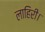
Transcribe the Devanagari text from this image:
लाहिरी।